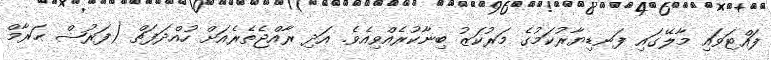
ފައްޓަވައި މާލޭގައި ފަނޑިޔާރުކަމުގެ މަރުކަޒު ބިނާކުރެއްވިއެވެ. އަދި ރާއްޖެތެރެއަށް ހުއްދަފަތް (ފަރުޟް ޙަރާމް